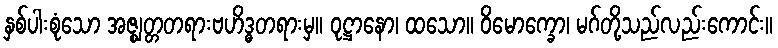
နှစ်ပါးစုံသော အဇ္ဈတ္တတရားဗဟိဒ္ဓတရားမှ။ ဝုဋ္ဌာနော၊ ထသော။ ဝိမောက္ခော၊ မဂ်တို့သည်လည်းကောင်း။